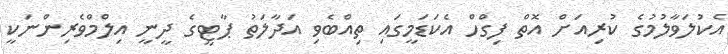
އެކުލަވާލުމުގެ ކުރިއަށް އޮތް ފިގްހް އެކަޑަމީގައި ތިއްބެވި އަދާލަތު ޕާޓީގެ ދީނީ އިލްމްވެރިންނަކީ